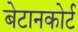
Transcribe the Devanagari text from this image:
बेटानकोर्ट